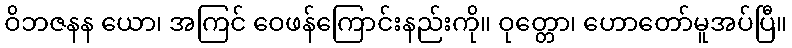
ဝိဘဇနန ယော၊ အကြင် ဝေဖန်ကြောင်းနည်းကို။ ဝုတ္တော၊ ဟောတော်မူအပ်ပြီ။